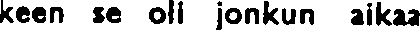
keen se oll jonkun aikaa